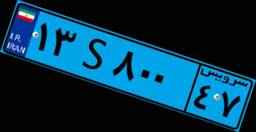
۳۰S۱۶۳۱۳